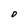
Character: O